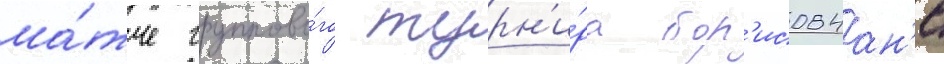
ма́тче группово́го турн'и́ра бор'исовчан'е